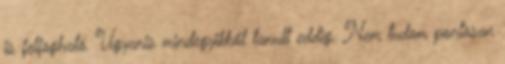
is felfogható. Ugyanis mindegyikből tanult eddig. Nem tudom pontosan